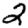
Digit: 2